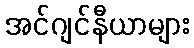
အင်ဂျင်နီယာများ